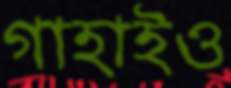
গাহাইও